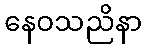
နေဝသညိနာ